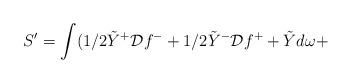
LaTeX: \begin{align*}S^\prime = \int ( 1/2 \tilde{Y}^{+} {\cal D} f^{-} + 1/2 \tilde{Y}^{-} {\cal D} f^{+}+ \tilde{Y} d\omega +\end{align*}